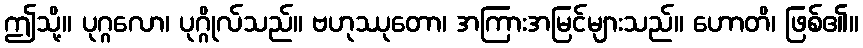
ဤသို့။ ပုဂ္ဂလော၊ ပုဂ္ဂိုလ်သည်။ ဗဟုဿုတော၊ အကြားအမြင်များသည်။ ဟောတိ၊ ဖြစ်၏။